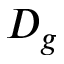
D _ { g }